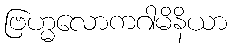
ဗြဟ္မလောကဂါမိနိယာ